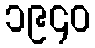
၁၉၄၀